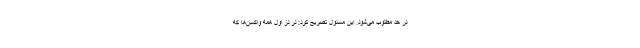
در حد مطلوب می‌شود. این مسئول تصریح کرد: در دز اول همه واکسن‌ها که